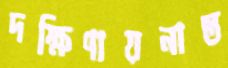
দক্ষিণায়নান্ত